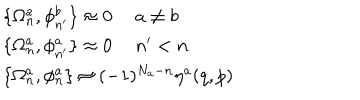
\begin{array} { l } { { \{ \Omega _ { n } ^ { a } , \phi _ { n ^ { \prime } } ^ { b } \} \approx 0 \ a \ne b } } \\ { { \{ \Omega _ { n } ^ { a } , \phi _ { n ^ { \prime } } ^ { a } \} \approx 0 \ n ^ { \prime } < n } } \\ { { \{ \Omega _ { n } ^ { a } , \phi _ { n } ^ { a } \} \approx ( - 1 ) ^ { N _ { a } - n } \eta ^ { a } ( q , p ) } } \\ \end{array}